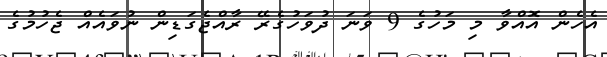
އެހެން އޮއްވާ މި މަހުގެ 9 ވަނަ ދުވަހުގެރޭ ރާއްޖެގަޑިން ނުވައެއް ޖެހުމުގެ